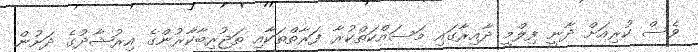
ވެސް ކުރިއަށް ދާނީ ފިލްމީ ދާއިރާގައި މަސައްކަތްކުރާ ފަރާތްތަކާއި ތަޖުރިބާކާރުންގެ އިރުޝާދުގެ ދަށުން